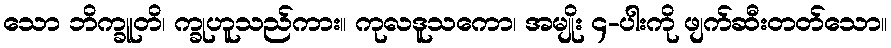
သော ဘိက္ခူတိ၊ က္ခုဟူသည်ကား။ ကုလဒူသကော၊ အမျိုး ၄-ပါးကို ဖျက်ဆီးတတ်သော။